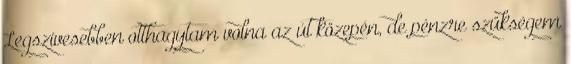
Legszívesebben otthagytam volna az út közepén, de pénzre szükségem